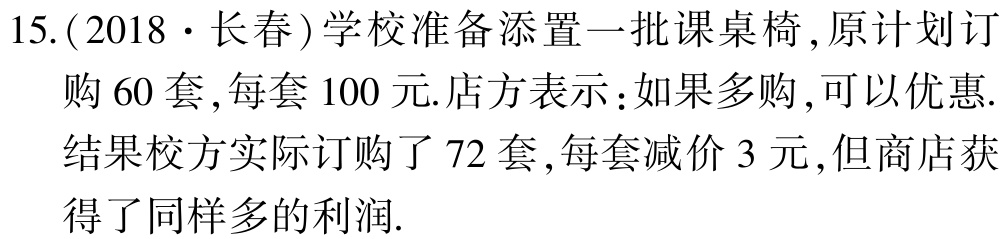
15.(2018·长春)学校准备添置一批课桌椅,原计划订

购60套,每套100元.店方表示:如果多购,可以优惠.

结果校方实际订购了72套,每套减价3元,但商店获

得了同样多的利润.